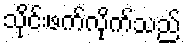
သိုင်းဖက်လိုက်သည်